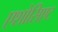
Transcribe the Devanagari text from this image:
एशोसिएट